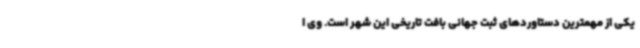
یکی از مهمترین دستاوردهای ثبت جهانی بافت تاریخی این شهر است. وی ا